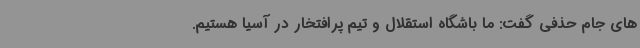
های جام حذفی گفت: ما باشگاه استقلال و تیم پرافتخار در آسیا هستیم.